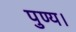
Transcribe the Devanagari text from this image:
पुण्य।